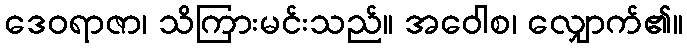
ဒေဝရာဇာ၊ သိကြားမင်းသည်။ အဝေါစ၊ လျှောက်၏။